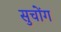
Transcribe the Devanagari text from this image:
सुचोंग